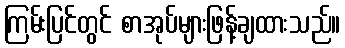
ကြမ်းပြင်တွင် စာအုပ်များဖြန့်ချထားသည်။